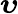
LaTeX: \boldsymbol{\upsilon}